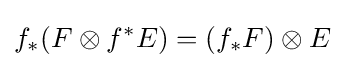
f_{*}(F\otimes f^{*}E)=(f_{*}F)\otimes E